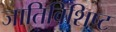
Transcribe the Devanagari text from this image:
जातिविशिष्ट